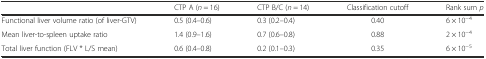
<table><thead><tr><td></td><td><b>CTP A (<i>n</i> = 16)</b></td><td><b>CTP B/C (<i>n</i> = 14)</b></td><td><b>Classification cutoff</b></td><td><b>Rank sum <i>p</i></b></td></tr></thead><tbody><tr><td>Functional liver volume ratio (of liver-GTV)</td><td>0.5 (0.4–0.6)</td><td>0.3 (0.2–0.4)</td><td>0.40</td><td>6 × 10<sup>−4</sup></td></tr><tr><td>Mean liver-to-spleen uptake ratio</td><td>1.4 (0.9–1.6)</td><td>0.7 (0.6–0.8)</td><td>0.88</td><td>2 × 10<sup>−4</sup></td></tr><tr><td>Total liver function (FLV * L/S mean)</td><td>0.6 (0.4–0.8)</td><td>0.2 (0.1–0.3)</td><td>0.35</td><td>6 × 10<sup>−5</sup></td></tr></tbody></table>